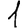
Digit: 1